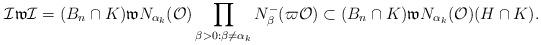
LaTeX: \begin{align*}\mathcal{I}\mathfrak{w}\mathcal{I}=(B_n\cap K)\mathfrak{w}N_{\alpha_k}(\mathcal{O})\prod_{\beta>0:\beta\ne\alpha_k}N_{\beta}^-(\varpi\mathcal{O})\subset (B_n\cap K)\mathfrak{w}N_{\alpha_k}(\mathcal{O})(H\cap K).\end{align*}